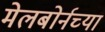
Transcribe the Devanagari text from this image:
मेलबोर्नच्या